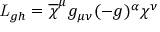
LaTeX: { \it L } _ { g h } = \overline { { { \chi } } } ^ { \mu } g _ { \mu \nu } ( - g ) ^ { \alpha } \chi ^ { \nu }